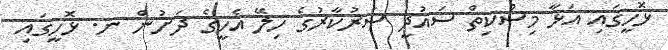
ޅޮހީގައި އަޅާ މިސްކިތް ސައުދީ ސަރުކާރުގެ ހިލޭ އެހީގެ ދަށުން ނ. ޅޮހީގައި